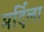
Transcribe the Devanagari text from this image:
मर्दिला